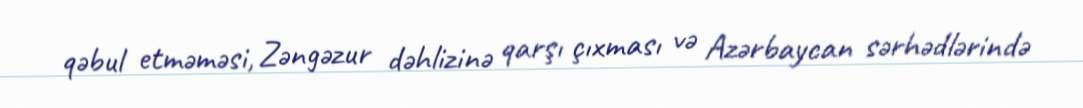
qəbul etməməsi, Zəngəzur dəhlizinə qarşı çıxması və Azərbaycan sərhədlərində